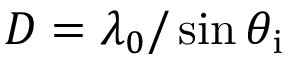
D = \lambda _ { 0 } / \sin \theta _ { \mathrm { i } }